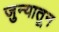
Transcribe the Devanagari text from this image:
जुन्यातून